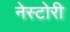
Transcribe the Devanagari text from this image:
नेस्टोरी